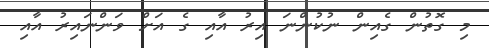
މި ގޮތުން ގެއިން ނުކުންނަ އިރު އާއި ގެ އަށް ވަންނައިރު އާއި